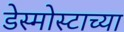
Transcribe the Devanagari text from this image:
डेस्मोस्टाच्या